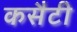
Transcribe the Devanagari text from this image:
कसैटी